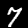
Digit: 7